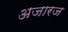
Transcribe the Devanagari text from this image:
अजारज